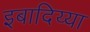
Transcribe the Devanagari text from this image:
इबादिय्या